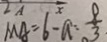
M A = 6 - a : \frac { 8 } { 3 }